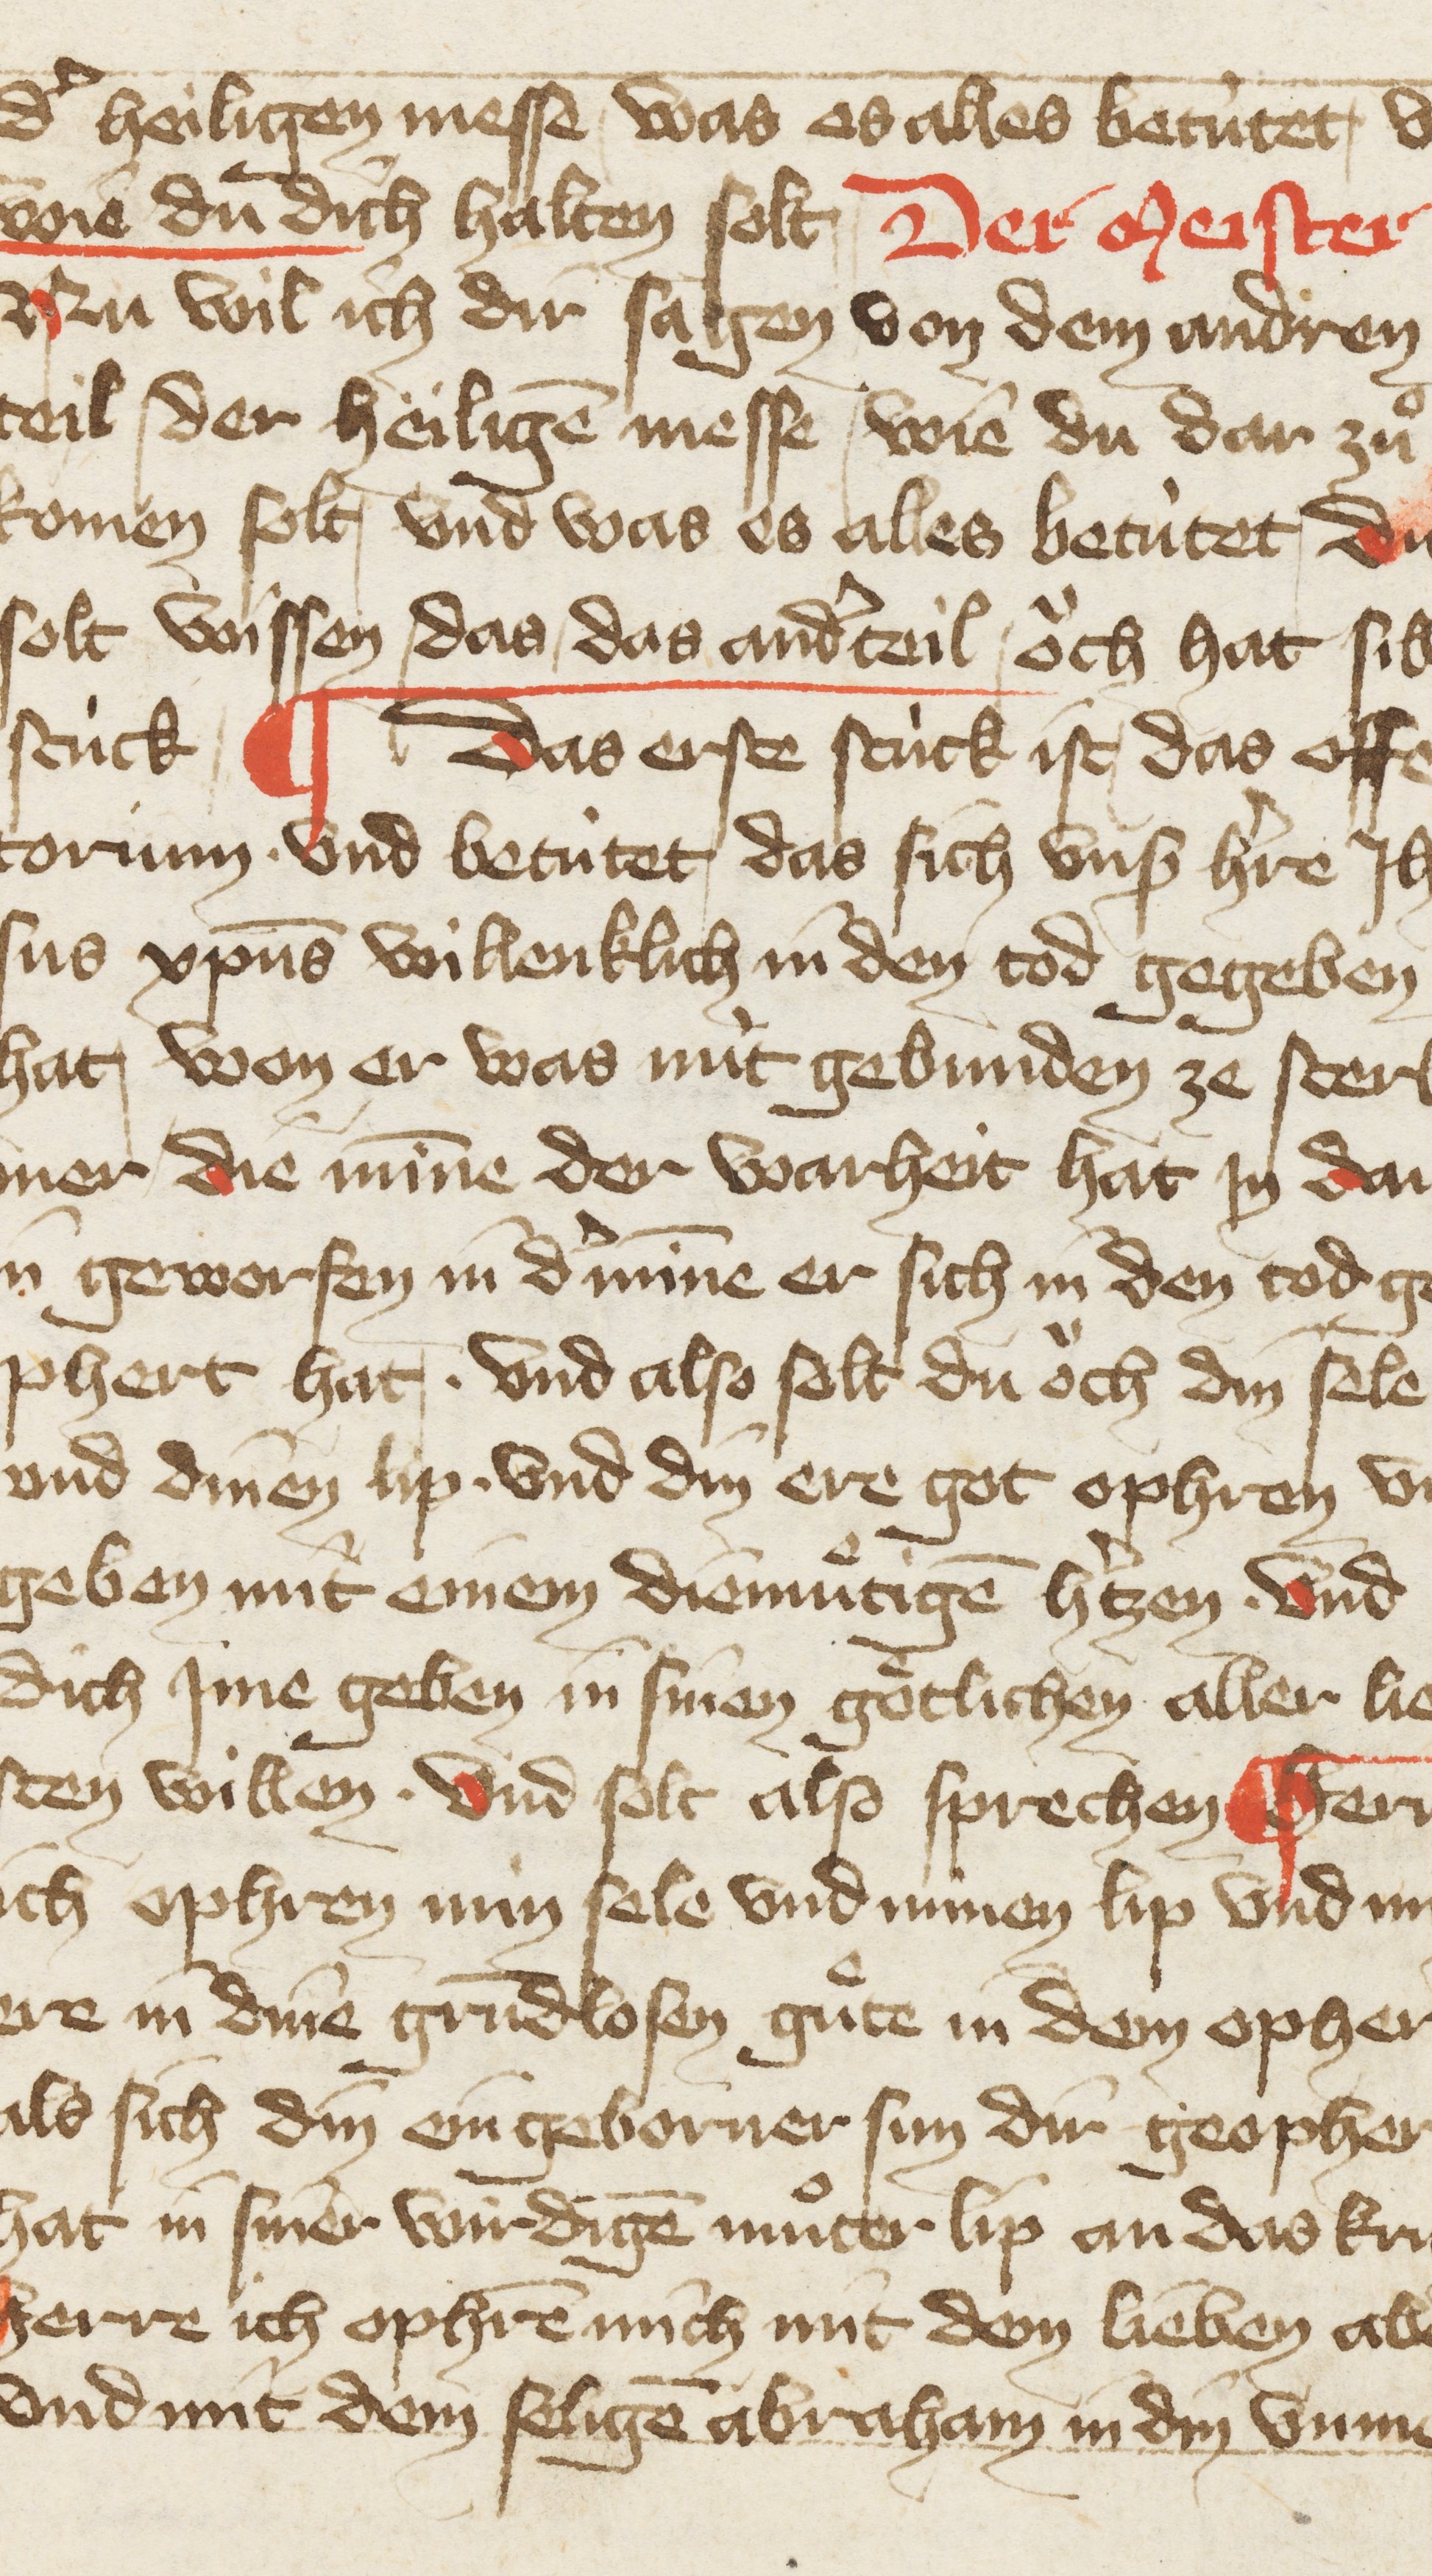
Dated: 1396–1403